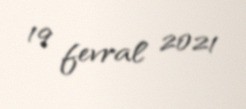
19 fevral 2021